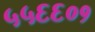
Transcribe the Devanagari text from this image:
५५६६०१